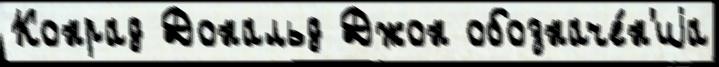
Конрад Дональд Джон обозначе́н'иjа